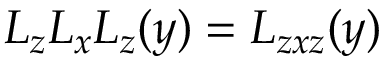
L _ { z } L _ { x } L _ { z } ( y ) = L _ { z x z } ( y )